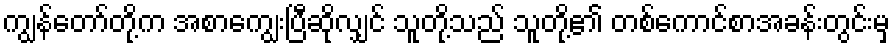
ကျွန်တော်တို့က အစာကျွေးပြီဆိုလျှင် သူတို့သည် သူတို့၏ တစ်ကောင်စာအခန်းတွင်းမှ